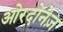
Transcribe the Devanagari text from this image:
ओरदोनेज़